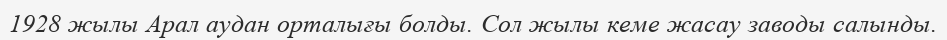
1928 жылы Арал аудан орталығы болды. Сол жылы кеме жасау заводы салынды.